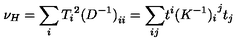
\nu _ { H } = \sum _ { i } { T _ { i } } ^ { 2 } { ( D ^ { - 1 } ) } _ { i i } = { \sum _ { i j } } t ^ { i } { ( K ^ { - 1 } ) _ { i } } ^ { j } t _ { j }